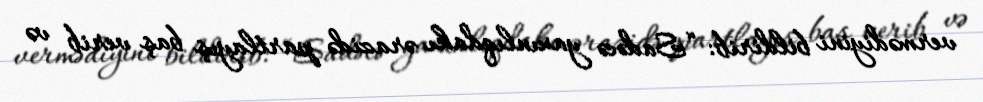
vermədiyini bildirib: “Sadəcə yaxınlıqdakı ərazidə partlayış baş verib və